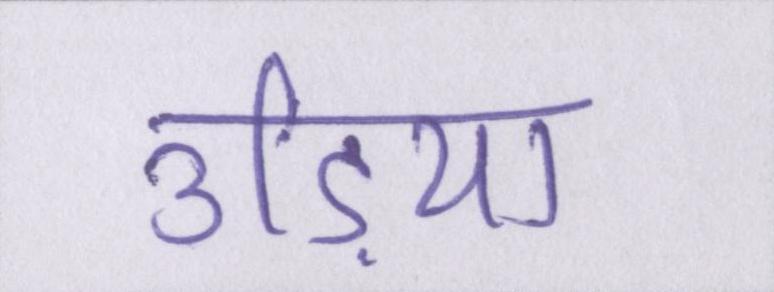
उड़िया